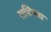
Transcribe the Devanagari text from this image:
राशिच्या